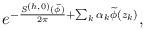
LaTeX: \begin{align*}e^{-{S^{(h,0)}(\widetilde \phi)\over 2\pi}+\sum_k\alpha_k\widetilde\phi(z_k)},\end{align*}